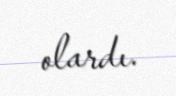
olardı.